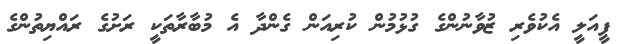
ފީއަލީ އެކުވެރި ޒުވާނުންގެ ގުޅުމުން ކުރިއަން ގެންދާ އެ މުބާރާތަކީ ރަށުގެ ރައްޔިތުންގެ